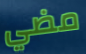
مضي